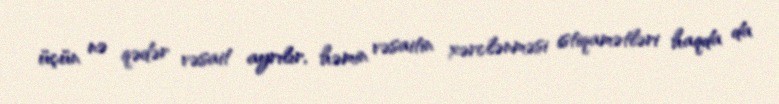
üçün nə qədər vəsait ayrılır, həmin vəsaitin xərclənməsi istiqamətləri haqda da